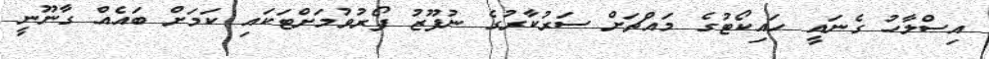
އިސްލާހު ގެނައީ ހައިކޯޓުގެ މައްޗަށް ސަރުކާރުގެ ނުފޫޒު ފޯރުވުމަށްޓަކައި ކަމަށް ބައެއް ގާނޫނީ